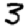
Digit: 3